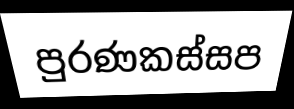
පුරණකස්සප